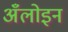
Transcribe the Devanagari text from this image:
अँलोइन